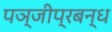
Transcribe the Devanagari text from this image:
पञ्जीप्रबन्ध